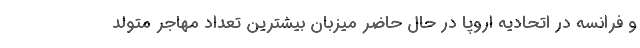
و فرانسه در اتحادیه اروپا در حال حاضر میزبان بیشترین تعداد مهاجر متولد